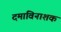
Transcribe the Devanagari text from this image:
दमाविनाशक